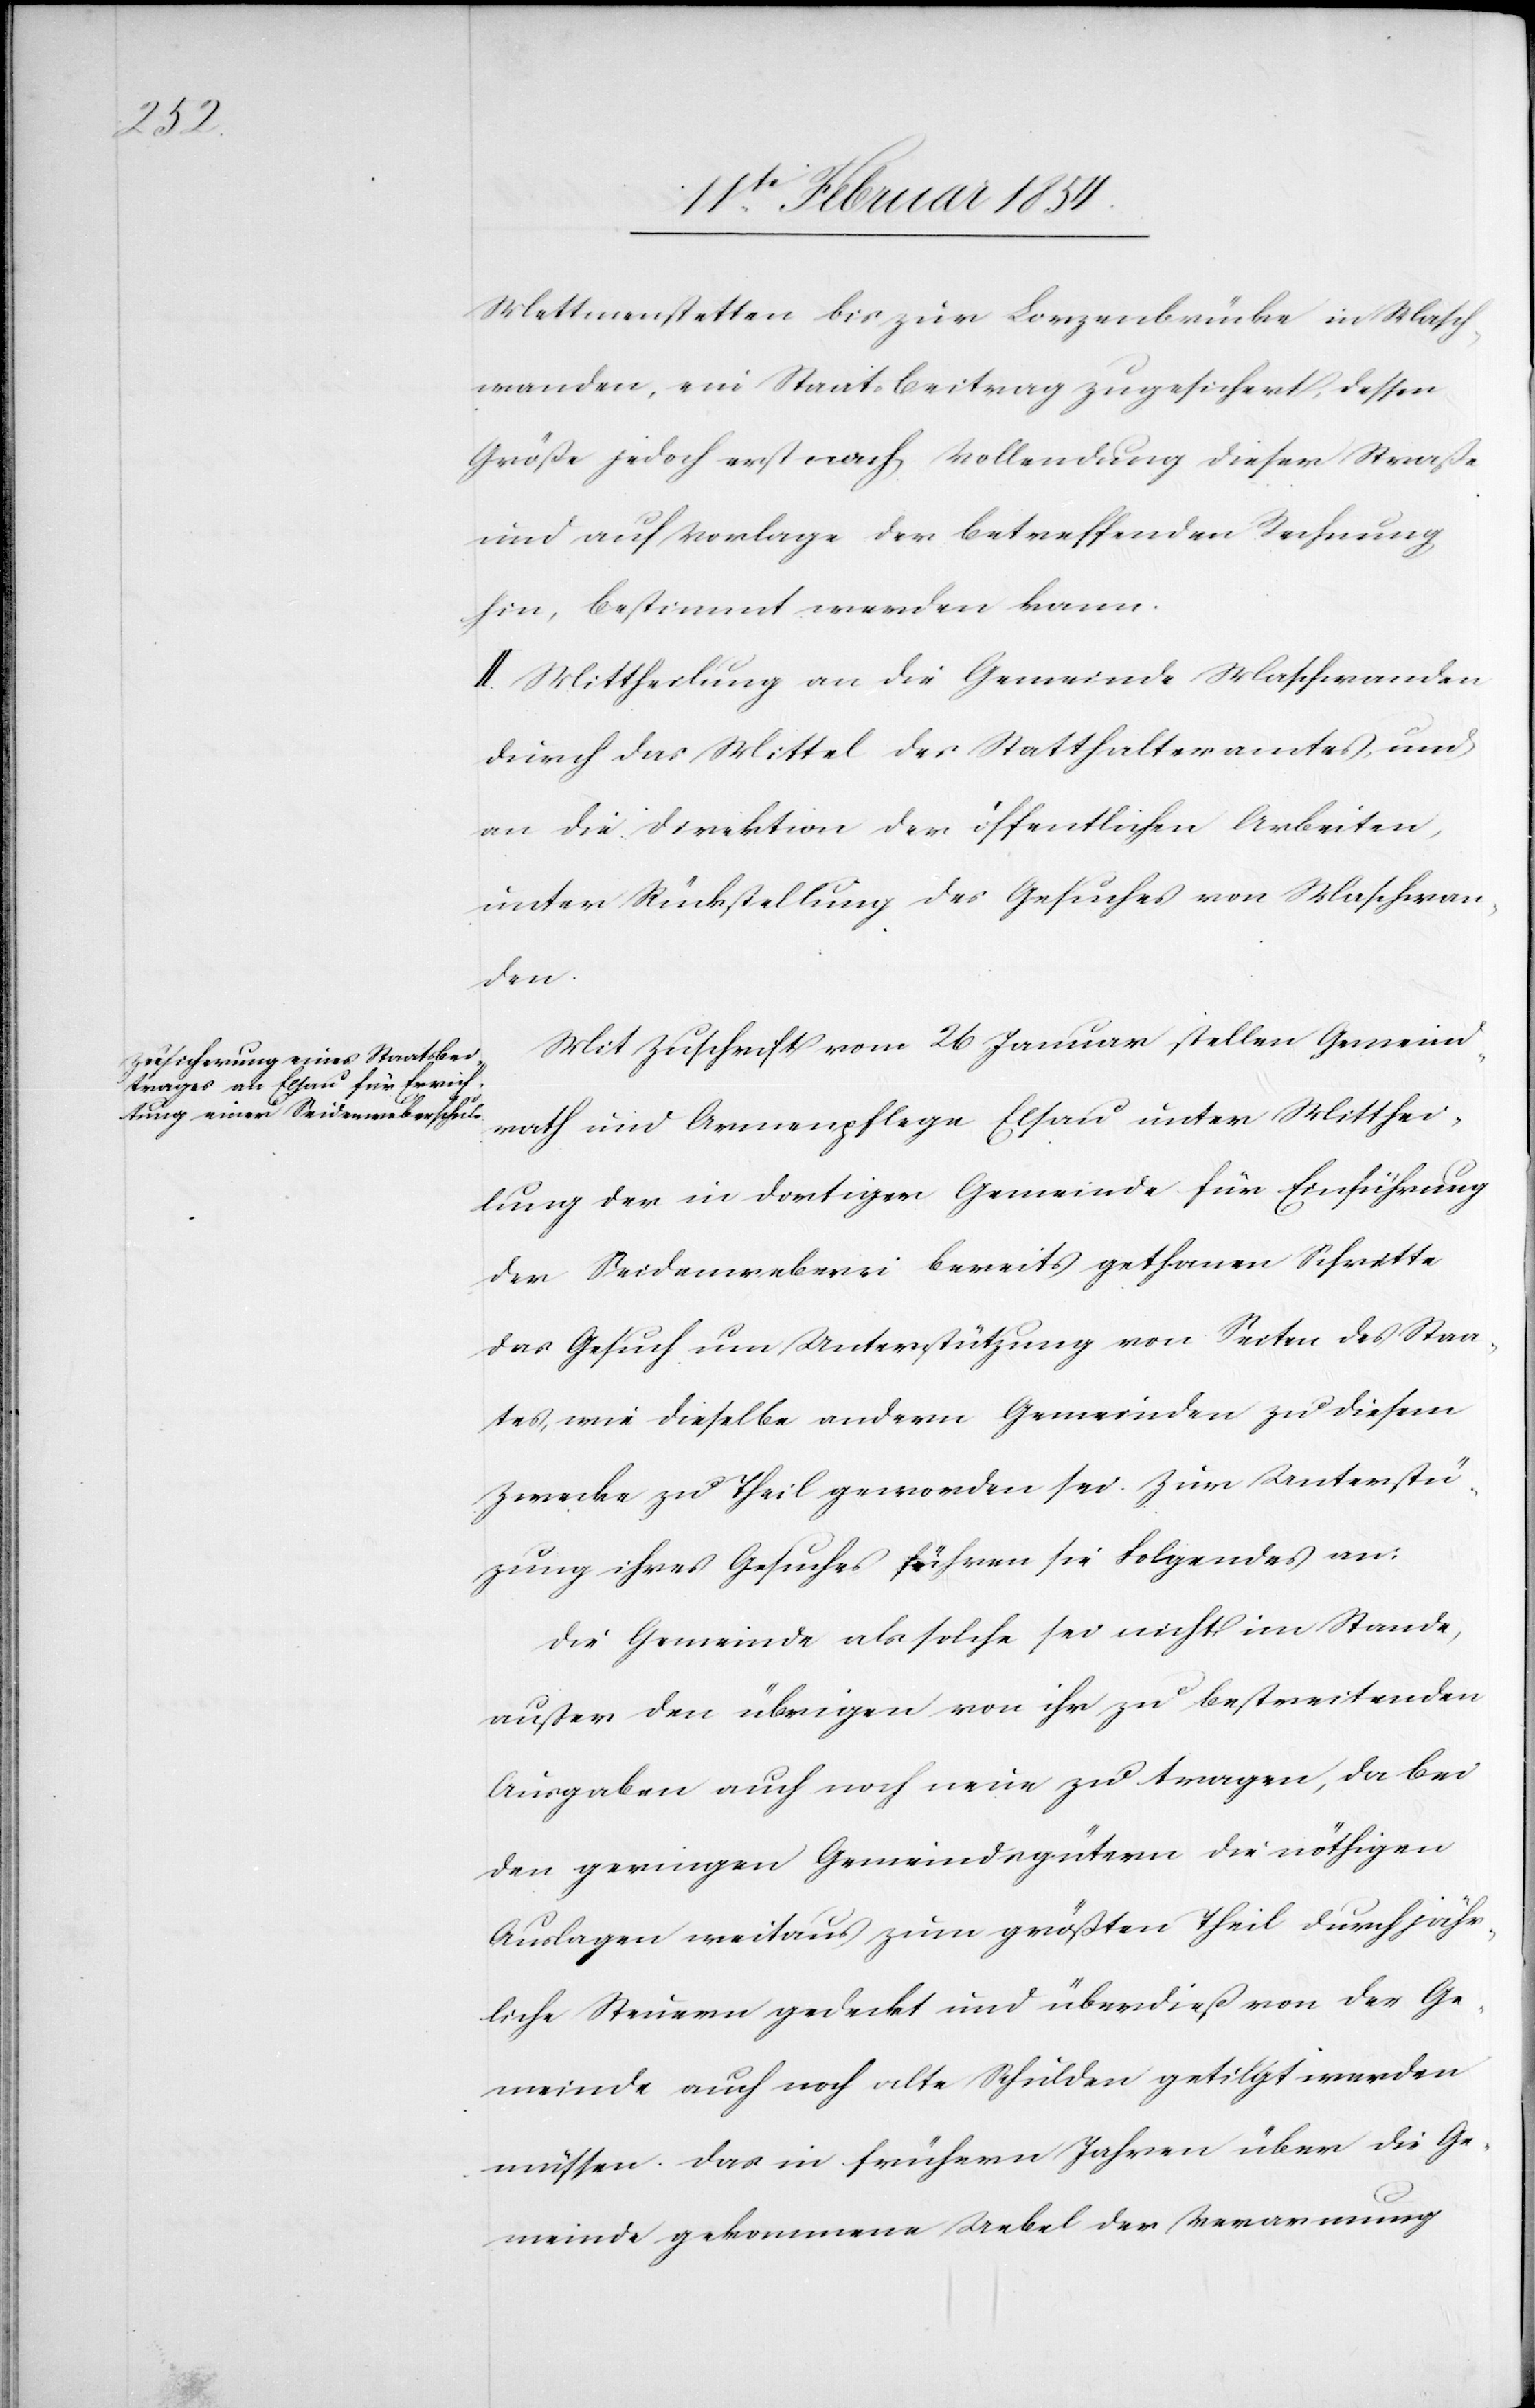
Mettmenstetten bis zur Lorzenbrücke in Masch¬
wanden, ein Staatsbeitrag zugesichert, dessen
Große jedoch erst nach Vollendung dieser Straße
und auf Vorlage der betreffenden Rechnung
hin, bestimmt werden kann.
II. Mittheilung an die Gemeinde Maschwanden
durch das Mittel des Statthalteramtes, und
an die Direktion der öffentlichen Arbeiten,
unter Rückstellung des Gesuches von Maschwan¬
den.
Mit Zuschrift vom 26 Januar stellen Gemeind¬
rath und Armenpflege Elsau unter Mitthei¬
lung der in dortiger Gemeinde für Einführung
der Seidenweberei bereits gethanen Schritte
das Gesuch um Unterstützung von Seiten des Staa¬
tes, wie dieselbe andern Gemeinden zu diesem
Zwecke zu Theil geworden sei. Zur Unterstü¬
tzung ihres Gesuches führen sie Folgendes an:
Die Gemeinde als solche sei nicht im Stande,
außer den übrigen von ihr zu bestreitenden
Ausgaben auch noch neue zu tragen, da bei
den geringen Gemeindsgütern die nöthigen
Auslagen weitaus zum größten Theil durch jähr¬
liche Steuern gedeckt und überdieß von der Ge¬
meinde auch noch alte Schulden getilgt werden
müssen. Das in frühern Jahren über die Ge¬
meinde gekommene Uebel der Verarmung